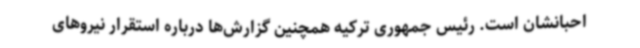
احبانشان است. رئیس جمهوری ترکیه همچنین گزارش‌ها درباره استقرار نیروهای